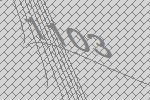
1103